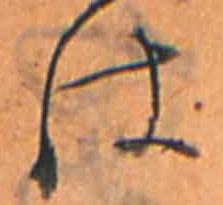
は